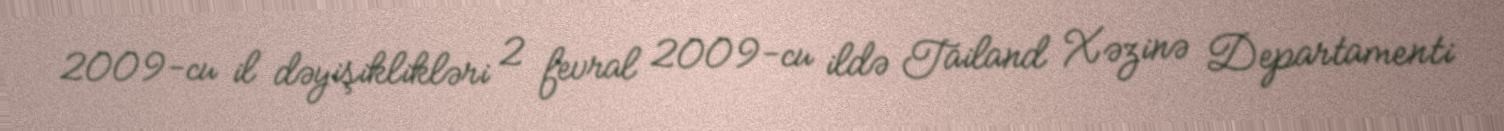
2009-cu il dəyişiklikləri 2 fevral 2009-cu ildə Tailand Xəzinə Departamenti